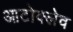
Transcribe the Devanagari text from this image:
आटोक्‍लेव